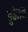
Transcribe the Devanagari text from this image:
बुचेनन